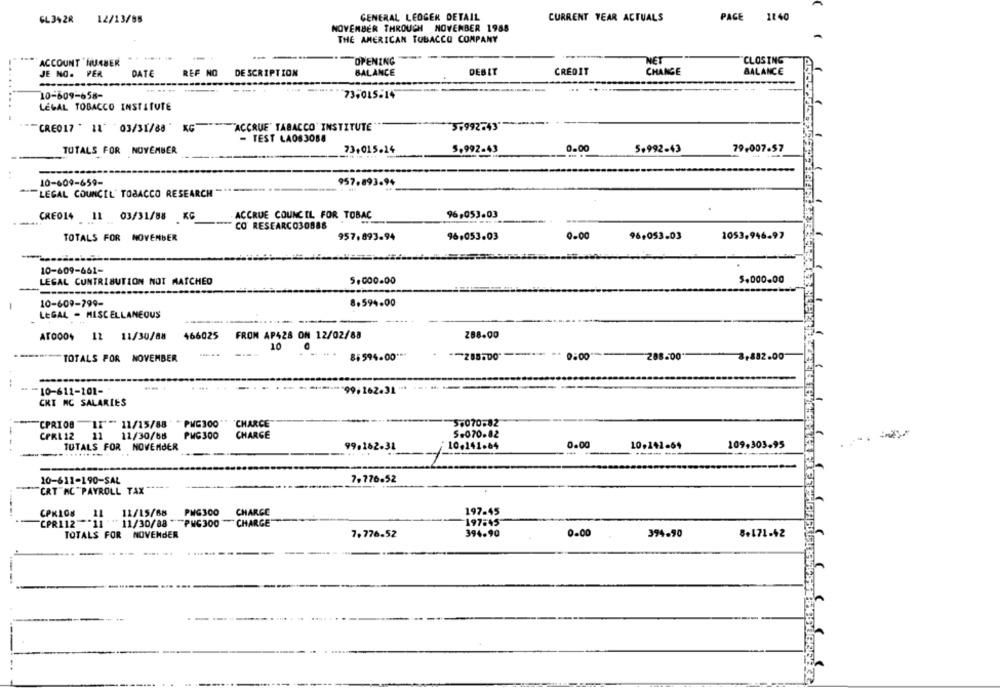
GL342R 12/13/85
GENERAL LEDGER DETAIL
CURRENT YEAR ACTUALS
PAGE 1140
NOVEMBER THROUGH NOVEMBER 1988
THE AMERICAN TOBACCO COMPANY
ACCOUNT NUABER
OPENING
NET
CLOSING
JE NO. PER
DATE
REF NO
DE SCRIPTION
BALANCE
DEBIT
CREDIT
CHANGE
BALANCE
---
10-609-658-
73,015-14
LEGAL TOBACCO INSTITUTE
CRE017 ' 11" 03/31/88 " KG
"ACCRUE" TABACCO INSTITUTE
37992743"
- TEST LAOS3088
TOTALS FOR NOVEMBER
73,015.14
5.992-43
0.00
5.992-43
79,007.57
10-609-659-
957.893.94
LEGAL COUNCIL' TOBACCO RESEARCH"
ACCRUE COUNCIL FOR TOBAC
96,053.03
CRE014 11 03/31/88 KG
CO RESEARC030886
0.00
96,053.03
TOTALS FOR NOVEMBER
957.893.94
96.053.03
1053.946.97
10-609-661-
LEGAL CONTRIBUTION NOT MATCHED
5.000.00
5.000.00
10-609-799-
8.594.00
LEGAL - MISCELLANEOUS
AT0004 12 11/30/88
466025
6025 FROM AP428 ON 12/02/88
288.00
10
TOTALS POR NOVEMBER
8$594.00 ***
** 0:00
288.00
3,882.00
..
-
== 10-611-101-
""99.162.31 " **
CKT NC SALARIES
CPRIOB
"IT " 11/15/88'
PMC300
CHARCE
56070-82
CPRL 12
11
11/30/68
PMG 300
CHARGE
5.070.82
-
TUTALS FOR NOVEMBER
99.162-31
10.141.64
0.00
10.142-64
109.303-95
--
10-611-190-SAL
7,776.52
CRT"AC "PAYROLL TAX
CPKLOS
12/15/68
PMG300
CHARGE
197-45
CPR112 *11
"" 11/30/88 ""PUC300 CHARGE"
197:45
394.90
0.00
TOTALS FOR NOVEMBER
7.776.52
394.90
8+171-42